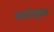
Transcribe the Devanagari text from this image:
पार्टटाइम